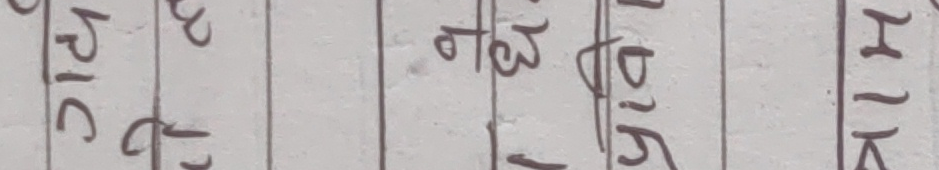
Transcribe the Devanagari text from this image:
PIC
ति
ठिब
स्रिह
HIK